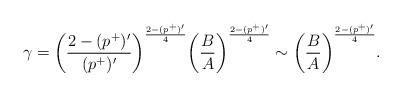
LaTeX: \begin{align*} \gamma&=\bigg(\frac{2-(p^+)'}{(p^+)'}\bigg)^{\frac{2-(p^+)'}{4}}\bigg(\frac{B}{A }\bigg)^{\frac{2-(p^+)'}{4}}\sim \bigg(\frac{B}{A}\bigg)^{\frac{2-(p^+)'}{4}}.\end{align*}